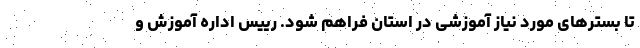
تا بسترهای مورد نیاز آموزشی در استان فراهم شود. رییس اداره آموزش و